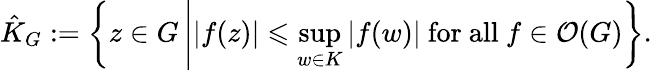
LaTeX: {\hat{K}}_{G}:=\left\{ z\in G\left||f(z)|\leqslant\operatorname*{sup}_{w\in K}|f(w)|{\mathrm{~for~all~}}f\in{\mathcal{O}}(G)\right.\right\} .